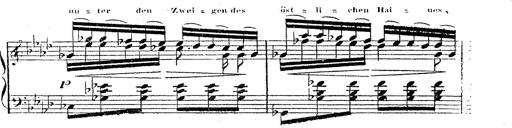
Title: 12 Lieder von Franz Schubert
Composer: Franz Liszt